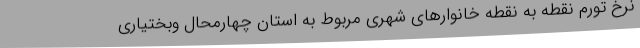
نرخ تورم نقطه به نقطه خانوارهای شهری مربوط به استان چهارمحال وبختیاری